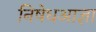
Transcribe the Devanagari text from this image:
निषेधआज्ञा